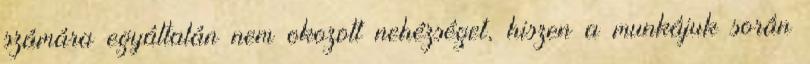
számára egyáltalán nem okozott nehézséget, hiszen a munkájuk során